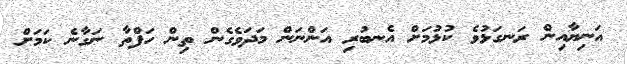
އަނިޔާއިން ރަނގަޅުވެ ކުޅުމަށް އެނބުރި އަންނަން މަދަވެގެން ތިން ހަފްތާ ނަގާނެ ކަމަށް